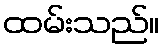
ထမ်းသည်။